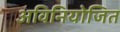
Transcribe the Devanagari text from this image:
अविनियोजित